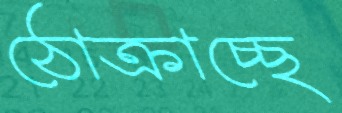
ঠোক্‌রাচ্ছে